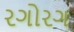
રગોરગ